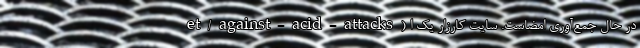
et/against-acid-attacks) در حال جمع‌آوری امضاست. سایت کارزار یک ا